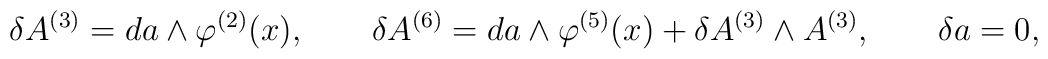
\delta A^{(3)}=da\wedge \varphi^{(2)}(x), \qquad\delta A^{(6)}=da\wedge \varphi^{(5)}(x)+ \delta A^{(3)}\wedge A^{(3)},\qquad \delta a=0,